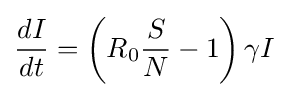
{\frac {dI}{dt}}=\left(R_{0}{\frac {S}{N}}-1\right)\gamma I